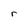
Character: r